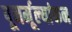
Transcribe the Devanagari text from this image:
पूनर्मूल्यांकन